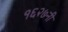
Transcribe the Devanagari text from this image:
१६२७नी